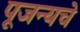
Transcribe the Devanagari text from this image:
पूजन्यचे